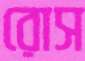
রোস